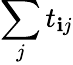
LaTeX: \sum_{j}t_{\mathbf{i}j}